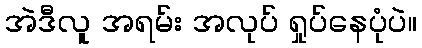
အဲဒီလူ အရမ်း အလုပ် ရှုပ်နေပုံပဲ။